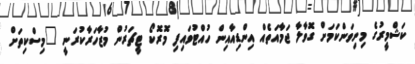
ކަޝްމީރުގެ މިނިވަންކަމަށް ގޮވާލާ ޖަމާއަތެއް އިންޑިއާއިން ހުއްޓުވައިފި މޮރޮކޯ ޓީޗަރުން މުޒާހަރާކުރަނީ "މިސްކިތަށް